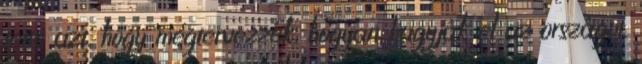
tette azt, hogy megtervezzék, hogyan hagyják el az országot.